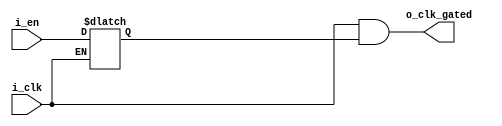
module system_clk_gate(
    input wire i_en , i_clk,
    output wire o_clk_gated 
);

    reg latch_out; 
    

    assign o_clk_gated = i_clk & latch_out;

    always @(i_clk or i_en) begin
        if(~i_clk)
            latch_out <= i_en;       
    end


endmodule